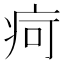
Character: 疴